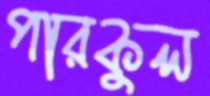
পারকুল